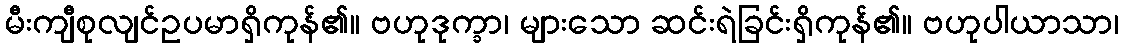
မီးကျီစုလျင်ဥပမာရှိကုန်၏။ ဗဟုဒုက္ခာ၊ များသော ဆင်းရဲခြင်းရှိကုန်၏။ ဗဟုပါယာသာ၊